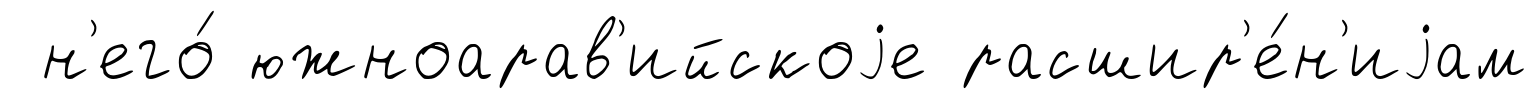
н'его́ южноарав'ийскоjе расшир'е́н'иjам